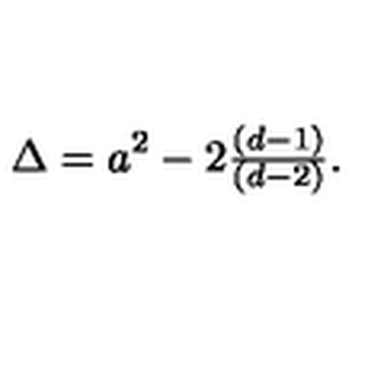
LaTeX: \Delta = a ^ { 2 } - 2 { \textstyle \frac { ( d - 1 ) } { ( d - 2 ) } } .